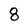
Character: 8